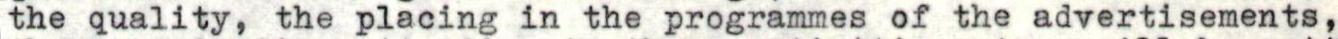
the quality, the placing in the programmes of the advertisements,